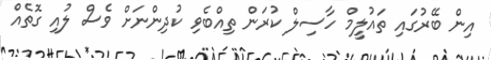
އިން ބޭރުގައި ތައުލީމް ހާސިލް ކުރަން ތިއްބެވި ކުދިންނަށް ވެސް ލުއި ގޮތެއް